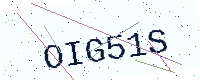
Text: OIG51S